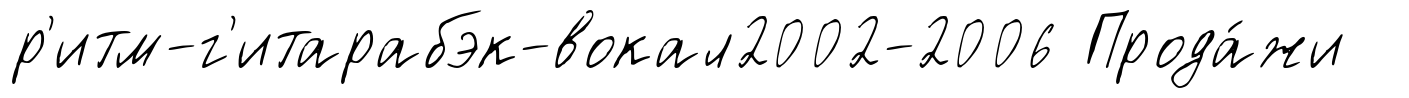
р'итм-г'итарабэк-вокал2002-2006 Прода́жи